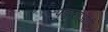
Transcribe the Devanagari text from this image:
पडण्याआधी